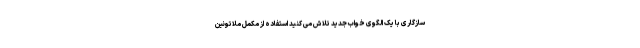
سازگاری با یک الگوی خواب جدید تلاش می کنید استفاده از مکمل ملاتونین